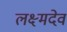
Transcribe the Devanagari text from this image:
लक्ष्मदेव